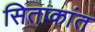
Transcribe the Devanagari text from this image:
सिताकांत